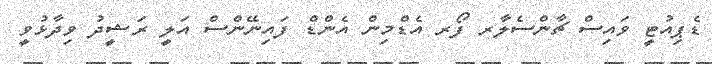
ޑެޕިއުޓީ ވައިސް ޗާންސެލާރ ފޯރ އެޑްމިން އެންޑް ފައިނޭންސް އަލީ ރަޝީދު ވިދާޅުވީ